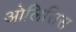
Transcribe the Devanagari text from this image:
ओलिसिस